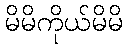
မိမိကိုယ်မိမိ